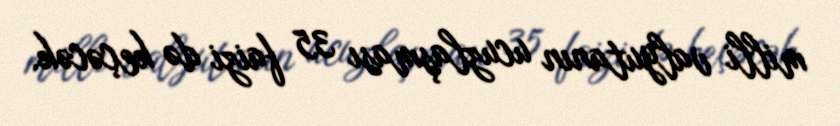
milli valyutanın ucuzlaşması 35 faizi də keçəcək.